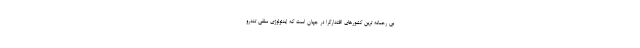
بی رحمانه ترین کشورهای اقتدارگرا در جهان است که ایدئولوژی سلفی تندرو